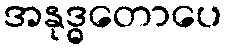
အနုဒ္ဓတောပေ